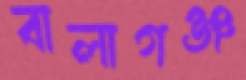
বালাগঞ্জ